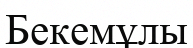
Бекемұлы